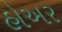
હોઅર